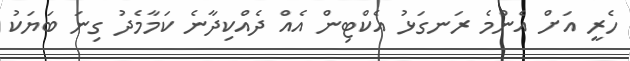
ހެރީ އަށް އެންމެ ރަނގަޅު އެކްޓިން އެއް ދެއްކިދާނެ ކަމާމެދު ގިނަ ބަޔަކު